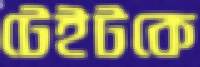
টেইটকে